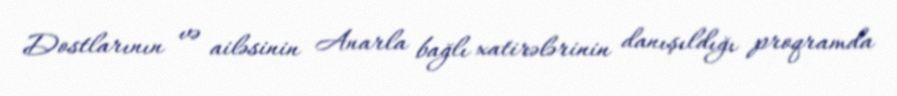
Dostlarının və ailəsinin Anarla bağlı xatirələrinin danışıldığı proqramda